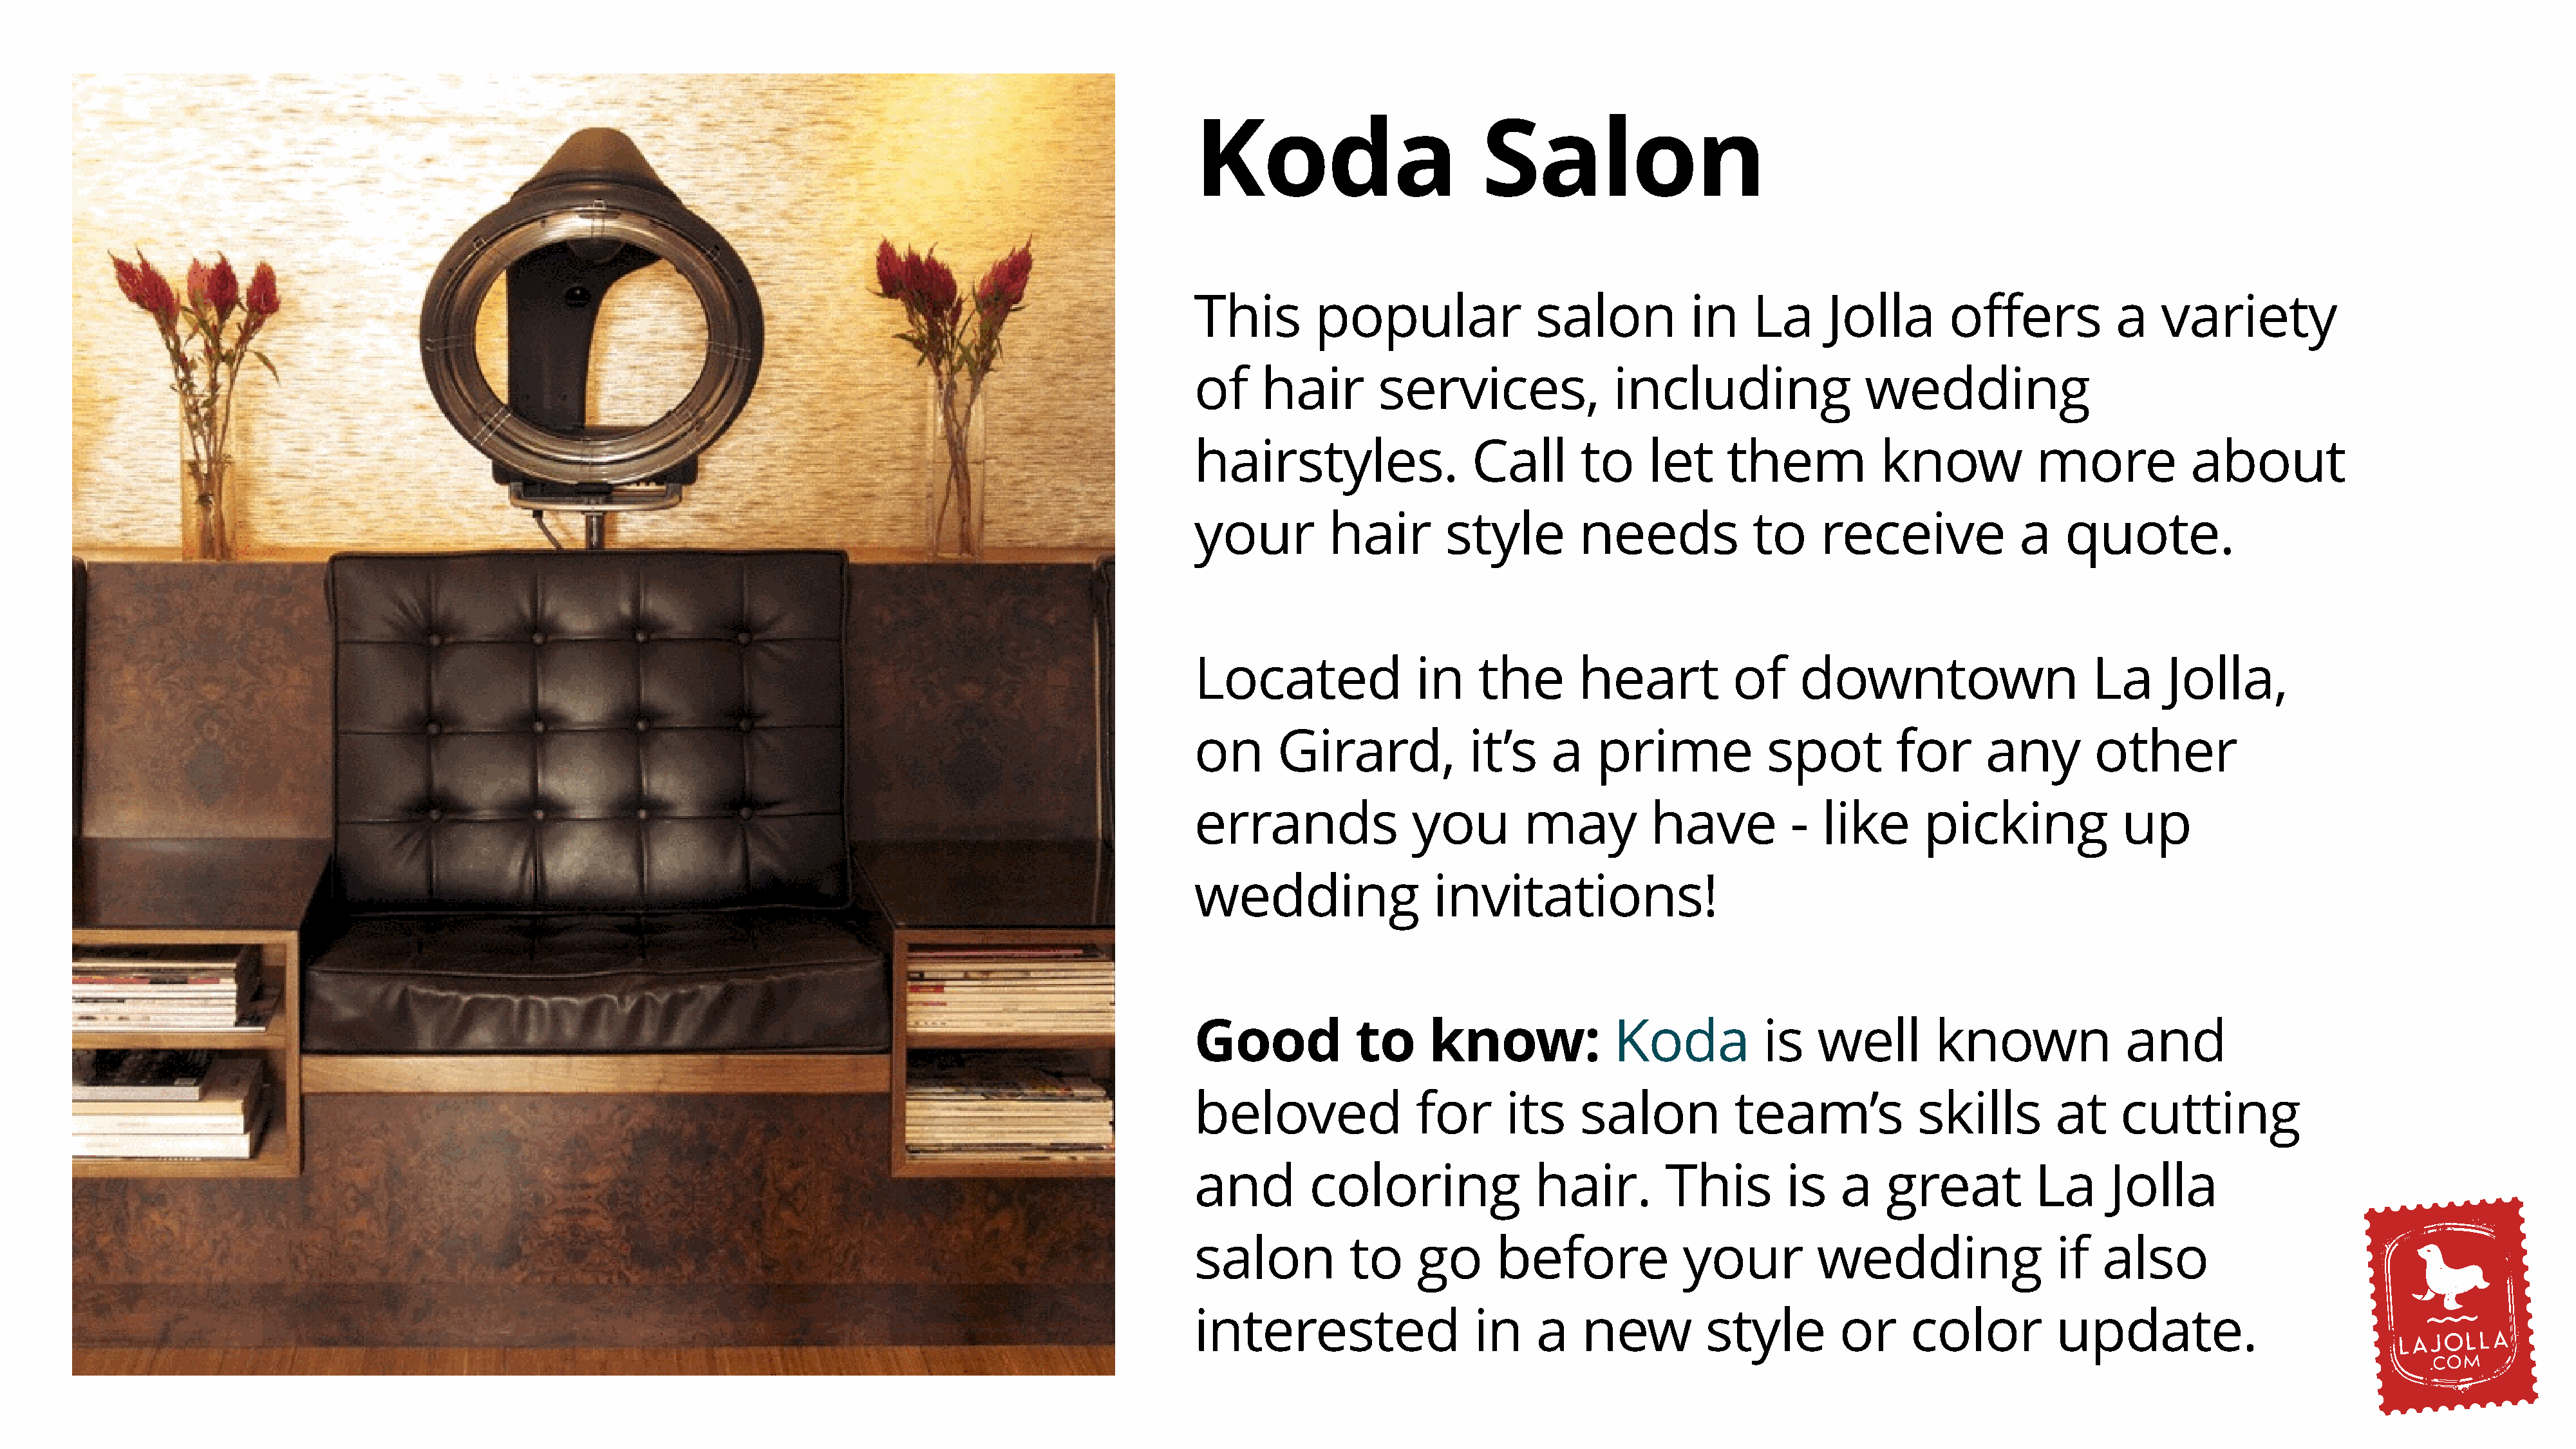
Koda                         Salon
 This        popular                salon           in    La      Jolla       offers           a    variety
 of     hair        services,               including                 wedding
 hairstyles.                 Call       to     let      them           know            more            about
 your          hair        style        needs             to     receive              a   quote.
 Located                in    the       heart           of     downtown                      La      Jolla,
 on      Girard,             it’s    a    prime             spot         for      any        other
 errands               you         may          have          -  like       picking             up
 wedding                 invitations!
 Good            to      know:              Koda           is    well        known               and
 beloved                for      its    salon           team’s             skills        at     cutting
 and         coloring               hair.        This         is   a    great          La      Jolla
 salon           to     go      before             your          wedding                 if   also
 interested                  in     a    new         style         or     color          update.